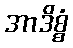
အာဒိစ္စံ